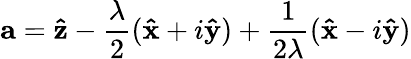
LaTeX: {\mathbf{a}}={\mathbf{\hat{z}}}-{\frac{\lambda}{2}}({\mathbf{\hat{x}}}+i{\mathbf{\hat{y}}})+{\frac{1}{2\lambda}}({\mathbf{\hat{x}}}-i{\mathbf{\hat{y}}})